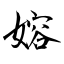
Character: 嫆